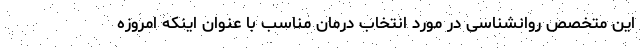
این متخصص روانشناسی در مورد انتخاب درمان مناسب با عنوان اینکه امروزه